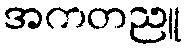
အကတညူ